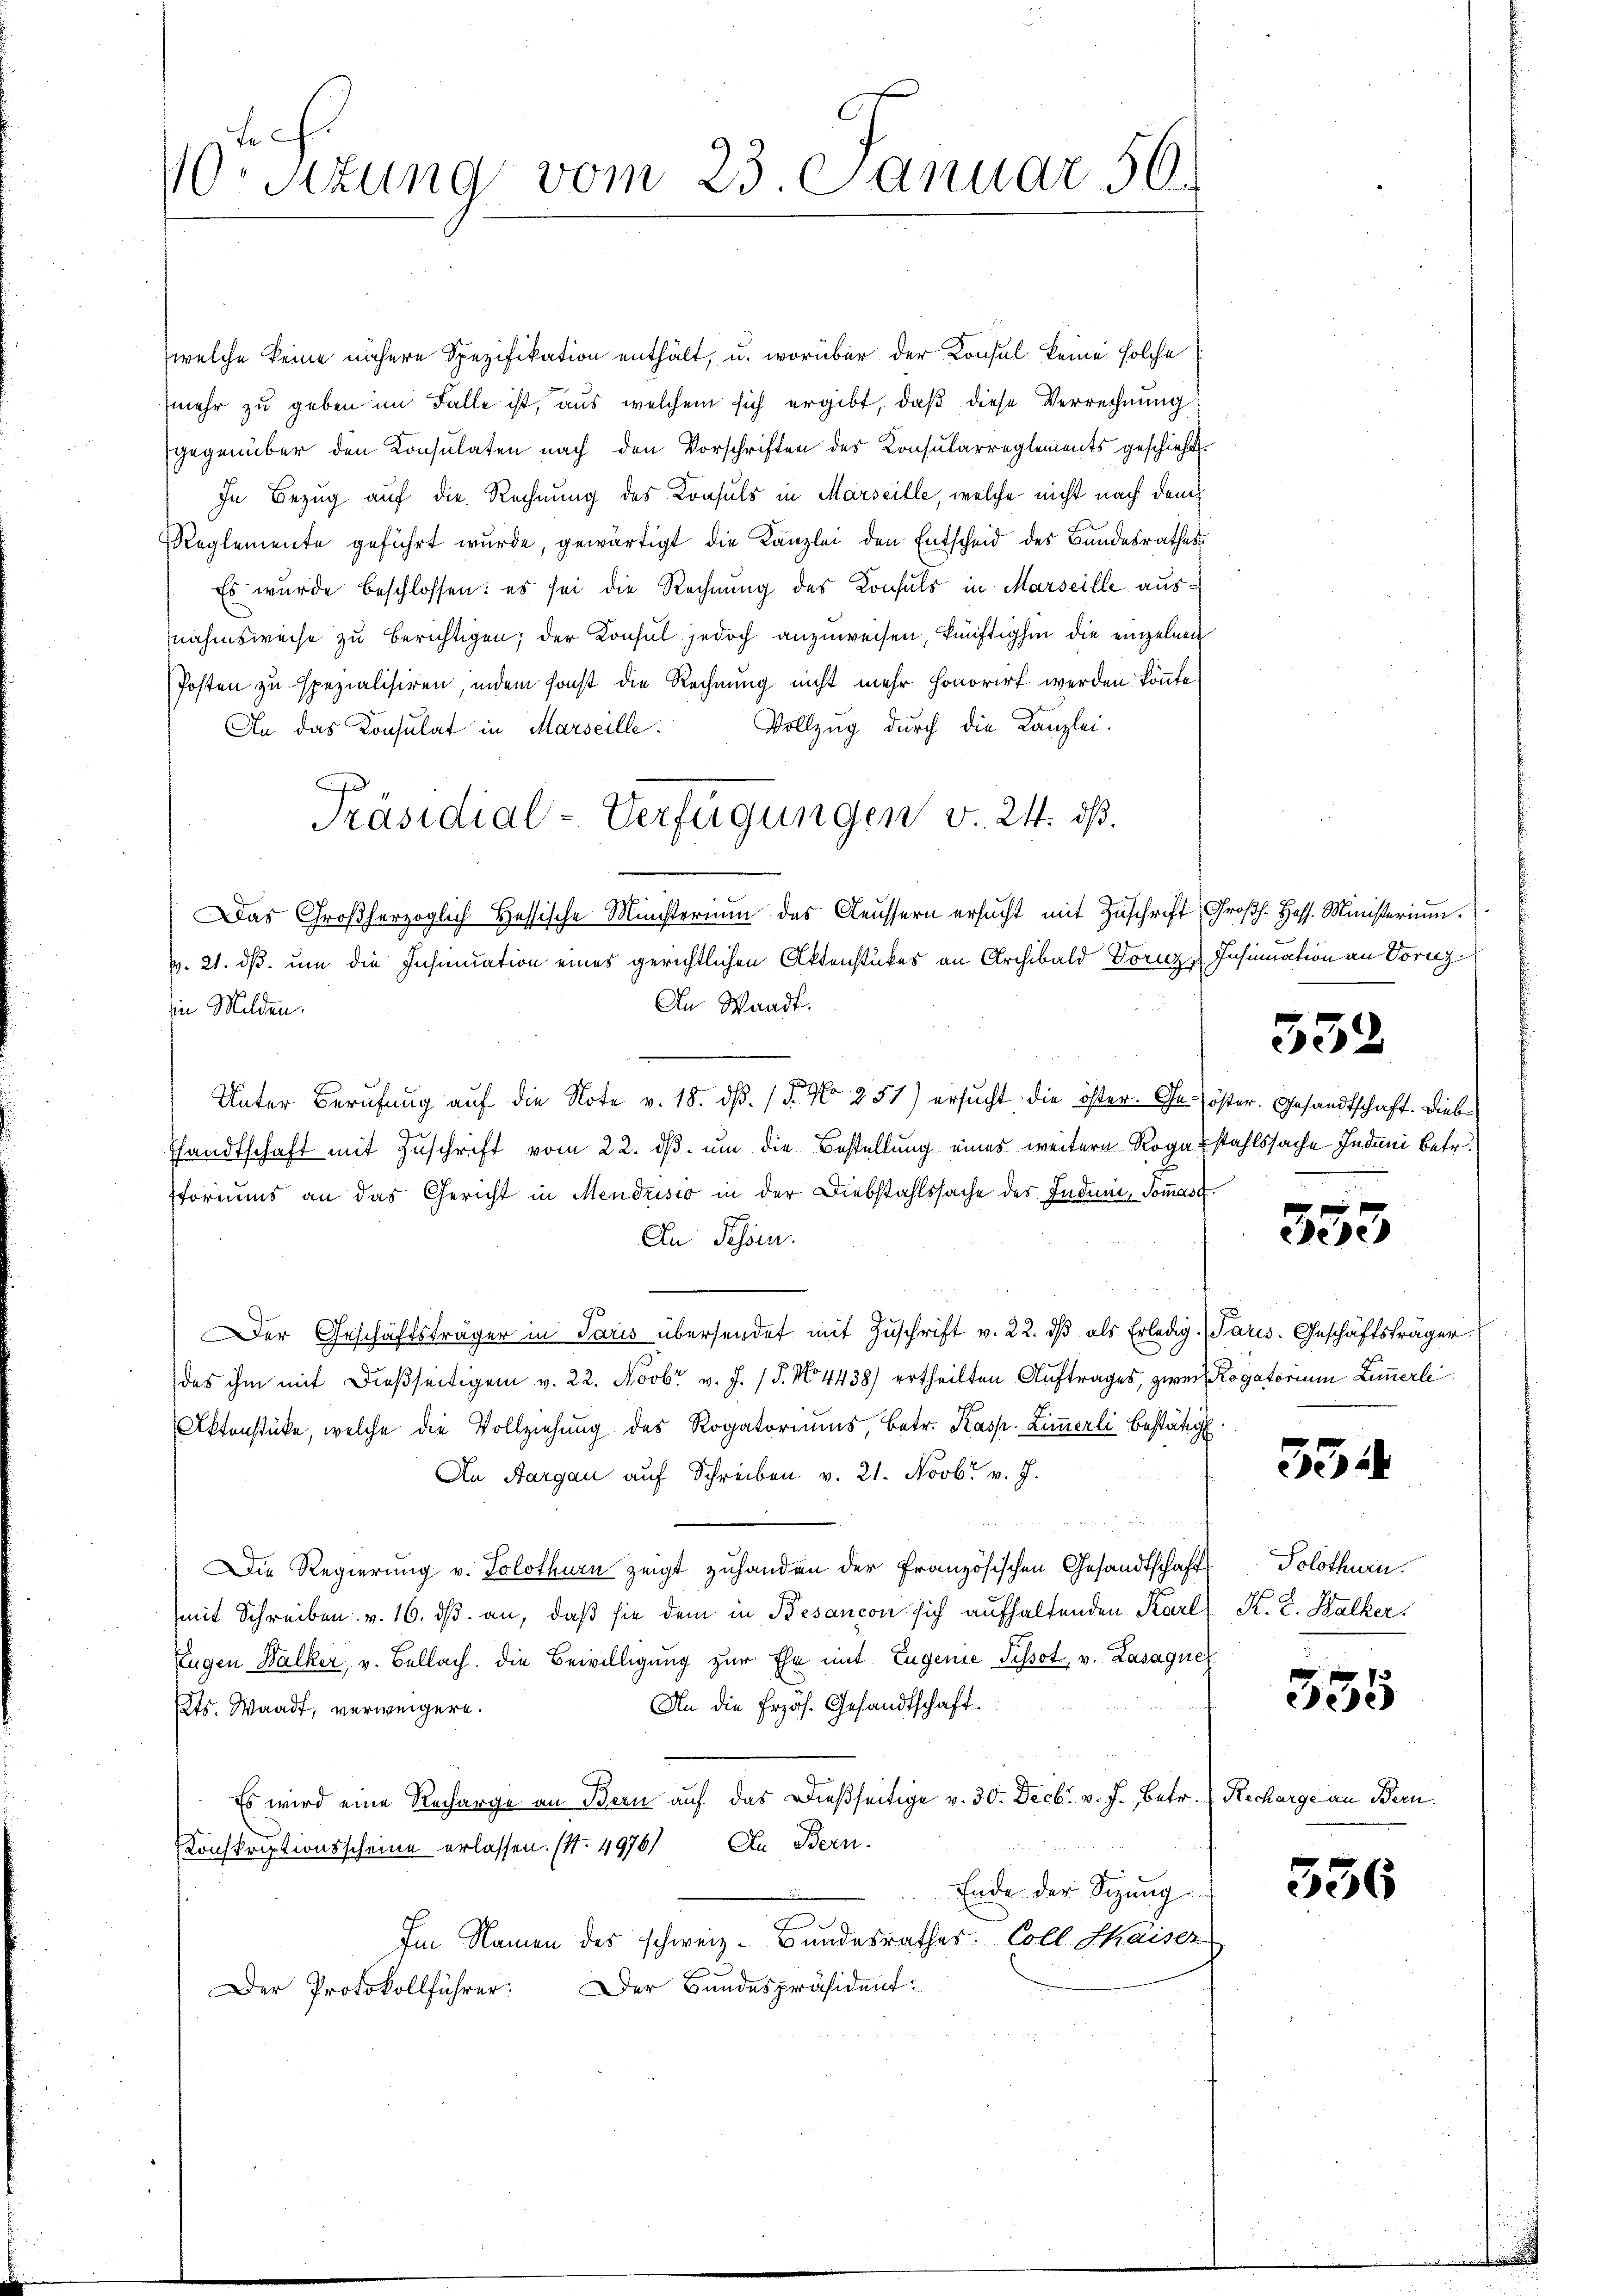
F.
70. Sitzung vom 23. Januar 50.

welche keine nähere Spezifikation enthält, u. worüber der Konsul keine solche
mehr zu geben im Falle ist, aus welchem sich ergibt, daß diese Verrechnung
gegenüber den Konsulaten nach den Vorschriften des Konsularreglements geschieht.
In Bezug auf die Rechnung des Konsuls in Marseille, welche nicht nach dem
Reglemente geführt wurde, gewärtigt die Kanzlei den Entscheid des Bundesrathes
Es wurde beschlossen: es sei die Rechnung des Konsuls in Marseille ausnahmsweise zu berichtigen; der Konsul jedoch anzuweisen, künftighin die einzelnen
Posten zu spezialisiren, indem sonst die Rechnung nicht mehr honorirt werden könnte.
Vollzug durch die Kanzlei.
An das Konsulat in Marseille.
Präsidial-Verfügungen v. 24. ds.
Das Großherzoglich Hessische Ministerium das Aeussern ersŭcht mit Zŭschrift, Groβh. Hess. Ministerium.
v. 21. ds. um die Insinuation eines gerichtlichen Aktenstückes an Archibald Dornz Insinuation an Vorz
An Waadt.
in Milden.
Unter Berufung auf die Note v. 18. dβ. / 5. No 251) ersucht die öster. Ge- öster. Gesandtschaft. Diebe
handtschaft mit Zuschrift vom 22. ds. um die Bestellung eines weitere Rogabstahlssache Induni betr.
storiums an das Gericht in Mendusio in der Diebstahlssache des Indet, Tomase.
An Schön.
9.
Der Geschäftsträger in Paris übersendet mit Zŭschrift v. 22. dβ als Erledig. Paris. Geschäftsträger. E
das ihm mit dießseitigen v. 22. Novbr v. J. P. No 4438) ertheilten Auftrages, zwei Rogatorium Zimmerli
Aktenstücke, welche die Vollziehung des Rogatoriums, betr. Kasp. Zimmerli bestätig
An Aargau auf Schreiben v. 21. Novbr. v. J.
Die Regierung v. Solothurn zeigt zuhanden der französischen Gesandtschaft
mit Schreiben v. 16. ds. an, daß sie dem in Besancon sich aufhaltenden Karl
Eugen Walker, v. Bellach. Die Bewilligung zur Ehe mit Eugenie Tissot, v. Lasaque
An die frzöh. Gesandtschaft.
Kts. Waadt, verweigere.
Es wird eine Recharge an Bern auf das Dießseitige v. 30. Decbr. v. J., betr. (Recharge an Bern.
Konskriptionsscheine erlassen. (S. 4976) An Bern.
Ende der Sitzung
Im Namen des schweiz. Bundesrathes Coll Kaiser
Der Bundespräsident:
Der Protokollführer:

332

353

334

Solothurn.
H. L. Balker.

12
ede

336